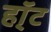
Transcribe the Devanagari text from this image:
हॉ्ट